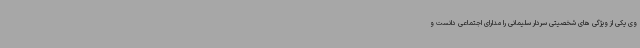
وی یکی از ویژگی های شخصیتی سردار سلیمانی را مدارای اجتماعی دانست و